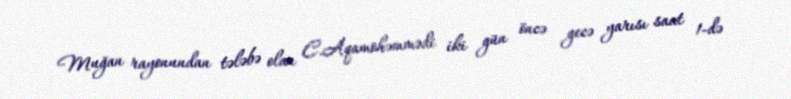
Muğan rayonundan tələbə olan C.Aqamohəmmədi iki gün öncə gecə yarısı saat 1-də